Black-water fever - Number 35
Disease focus: Fever
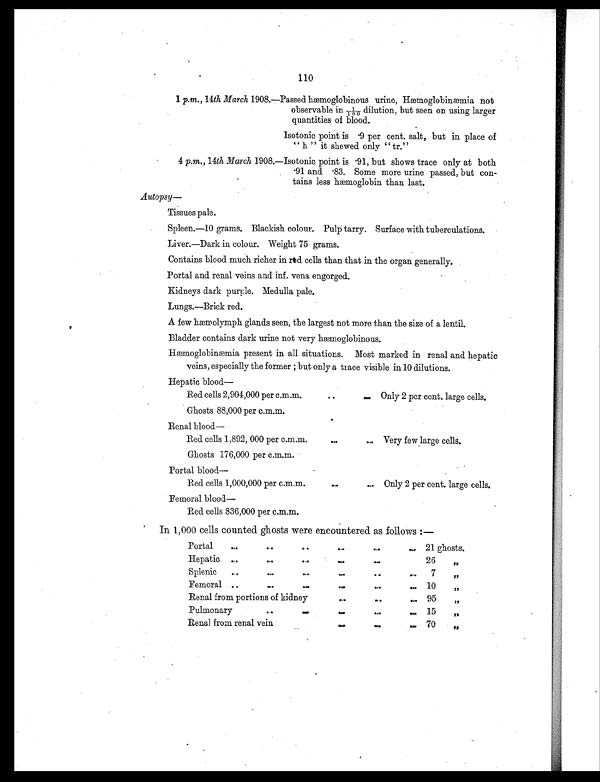
110
1 p.m., 14th March 1908.—Passed h emoglobinous urine, Hæmoglobinæmia not
observable in 1/100 dilution, but seen on using larger
quantities of blood.
Isotonic point is .9 per cent. salt, but in place of
" h " it shewed only " tr."
4 p.m.,14th March 1908.—Isotonic point is .91, but shows trace only at both
.91 and .83. Some more urine passed, but con-
tains less hæmoglobin than last.
Autopsy—
Tissues pale.
Spleen.—10 grams. Blackish colour. Pulp tarry. Surface with tuberculations.
Liver.—Dark in colour. Weight 75 grams.
Contains blood much richer in red cells than that in the organ generally.
Portal and renal veins and inf. vena engorged.
Kidneys dark purple. Medulla pale.
Lungs.—Brick red.
A few hæmolymph glands seen, the largest not more than the size of a lentil.
Bladder contains dark urine not very hæmoglobinous.
Hæmoglobinæmia present in all situations. Most marked in renal and hepatic
veins, especially the former ; but only a trace visible in 10 dilutions.
Hepatic blood—
Red cells 2,904,000 per c.m.m.
. .
Only 2 per cent. large cells.
Ghosts 88,000 per c.m.m.
Renal blood—
Red cells 1,892, 000 per c.m.m.
...
... Very few large cells.
Ghosts 176,000 per c.m.m.
Portal blood—
Red cells 1,000,000 per c.m.m.
. .
.. Only 2 per cent, large cells.
Femoral blood—
Red cells 836,000 per c.m.m.
In 1,000 cells counted ghosts were encountered as follows :—
Portal
.. ..
..
..
. .
..
21 ghosts.
Hepatic ..
.. ..
. .
..
. . 26
, ,
S p lenic ..
..
..
..
..
..
7
, ,
Femoral .. .. ..
. .
. .
..
10
, ,
Renal from portions of kidney
. .
. .
.. 95
, ,
Pulmonary
..
..
. .
. .
..
15
, ,
Renal from renal vein
. .
. .
. . 70
, ,